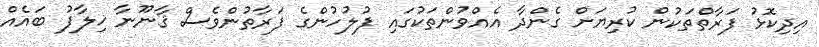
އިދިކޮޅު ފަރާތްތަކުން ކުރިޔަށް ގެންދާ އެއްވުންތަކުގައި ފުލުހުންގެ ފަރާތުންވެސް ޤާނޫނާ ޚިލާފު ބައެއް